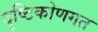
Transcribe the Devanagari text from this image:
दृष्टिकोणगत